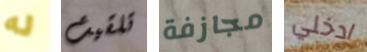
له تلقيت مجازفة ادخلي